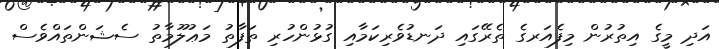
އަދި މީގެ އިތުރުން މިފެއަރގެ ތެރޭގައި ދަނޑުވެރިކަމާއި ގުޅުންހުރި ތަފާތު މަޢުލޫމާތު ސެޝަންތައްވެސް